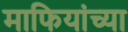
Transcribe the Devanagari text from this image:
माफियांच्या